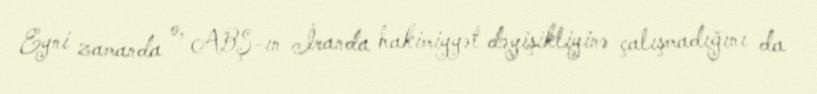
Eyni zamanda o, ABŞ-ın İranda hakimiyyət dəyişikliyinə çalışmadığını da